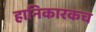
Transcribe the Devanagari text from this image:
हानिकारकच